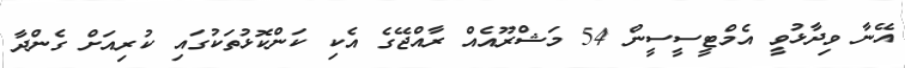
އޭނާ ވިދާޅުވީ އެމްޓީސީސީން 54 މަޝްރޫއެއް ރާއްޖޭގެ އެކި ކަންކޮޅުތަކުގައި ކުރިއަށް ގެންދާ